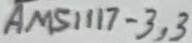
Text: AMS1117-3,3